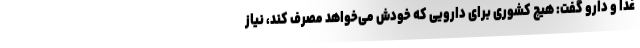
غذا و دارو گفت: هیچ کشوری برای دارویی که خودش می‌خواهد مصرف کند، نیاز